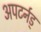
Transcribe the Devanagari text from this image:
अपटर्नड्